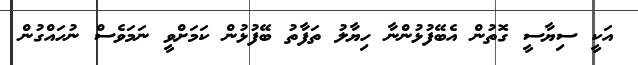
އަކީ ސިޔާސީ ގޮތުން އެބޭފުޅުންނާ ހިޔާލު ތަފާތު ބޭފުޅުން ކަމަށްވީ ނަމަވެސް ނުހައްގުން